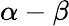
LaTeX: \alpha-\beta